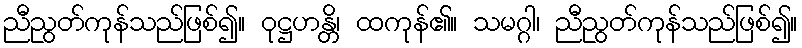
ညီညွတ်ကုန်သည်ဖြစ်၍။ ဝုဋ္ဌဟန္တိ၊ ထကုန်၏။ သမဂ္ဂါ၊ ညီညွတ်ကုန်သည်ဖြစ်၍။